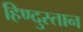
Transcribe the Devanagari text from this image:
हिण्दुस्तान